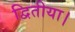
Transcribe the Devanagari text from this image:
द्वितीया।